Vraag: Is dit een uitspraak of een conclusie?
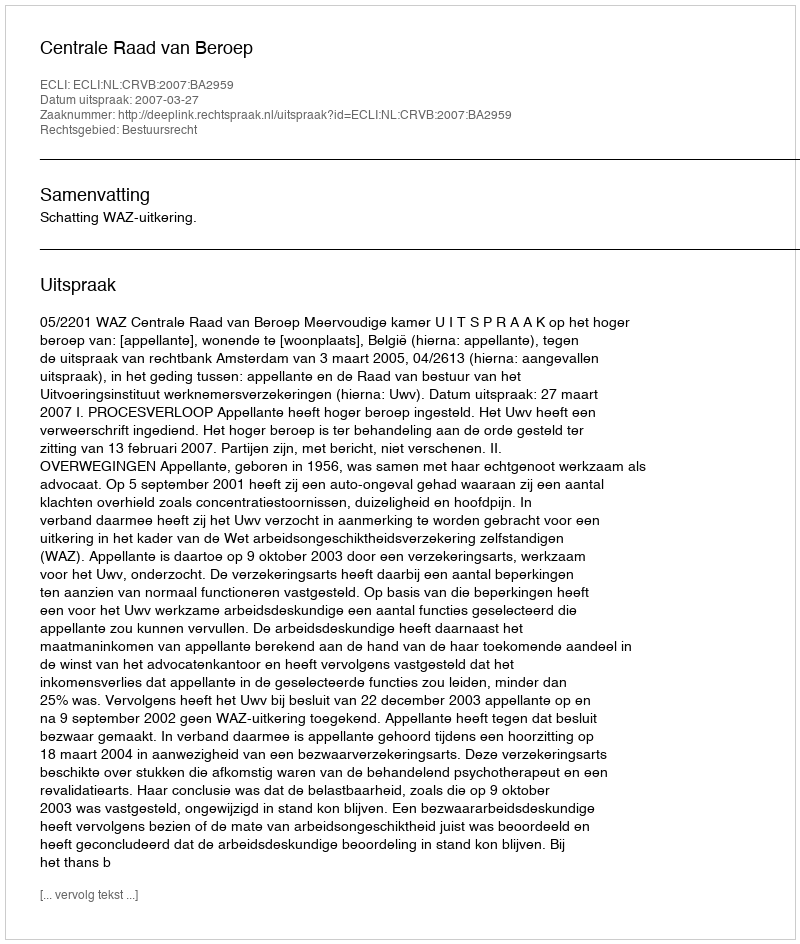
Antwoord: Uitspraak